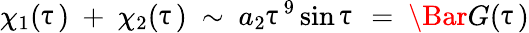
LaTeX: \chi_{1}(\uptau)\ +\ \chi_{2}(\uptau)\ \sim\ a_{2}\uptau^{9}\sin\uptau\ =\ \Bar{G}(\uptau)